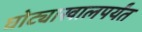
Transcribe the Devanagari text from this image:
घोट्याखालपर्यंत